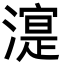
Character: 㵓